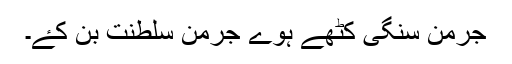
جرمن سنگی کٹھے ہوے جرمن سلطنت بن کۓ۔